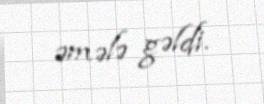
əmələ gəldi.